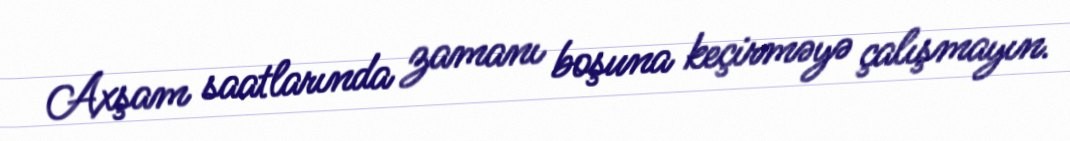
Axşam saatlarında zamanı boşuna keçirməyə çalışmayın.